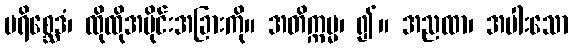
ပရိစ္ဆေဒံ၊ ထိုထိုအပိုင်းအခြားကို။ အတိက္ကမ္မ၊ ၍။ အညထာ၊ အပါးသော